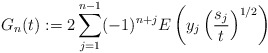
\begin{align*}G_n(t):= 2\sum\limits_{j=1}^{n-1}(-1)^{n+j}E\left(y_j\left(\dfrac{s_j}{t}\right)^{1/2}\right)\end{align*}